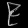
Digit: ၉